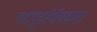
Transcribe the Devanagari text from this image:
पदपूर्वार्धवक्रता